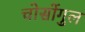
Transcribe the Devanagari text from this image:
चोसोंगुल